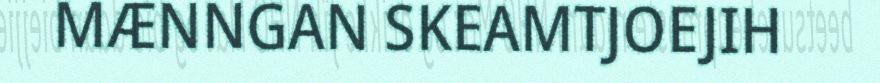
MÆNNGAN SKEAMTJOEJIH